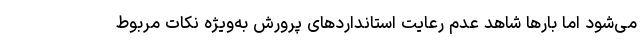
می‌شود اما بارها شاهد عدم رعایت استانداردهای پرورش به‌ویژه نکات مربوط